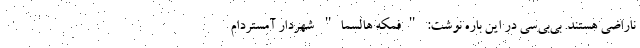
ناراضی هستند. بی‌بی‌سی در این باره نوشت: "فمکه هالسما" شهردار آمستردام